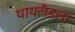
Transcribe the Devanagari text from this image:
थायलँडला